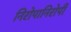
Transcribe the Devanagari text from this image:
निरोपानिरोपी